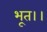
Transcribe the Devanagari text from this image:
भूत।।